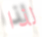
لذا